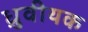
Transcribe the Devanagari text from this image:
ध्रुवीयक